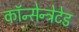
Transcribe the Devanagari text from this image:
कॉन्सेन्ट्रेटेड